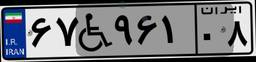
۶۷W۹۶۱۰۸